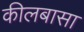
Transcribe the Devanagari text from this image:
कीलबासा